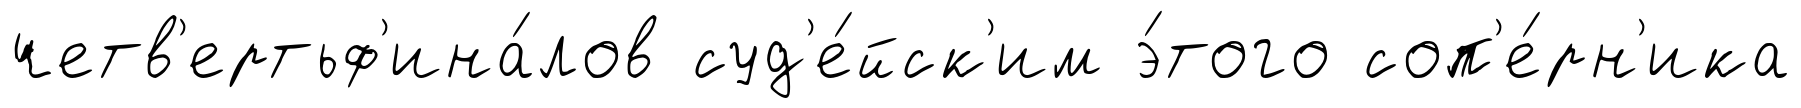
четв'ертьф'ина́лов суд'е́йск'им э́того соп'е́рн'ика